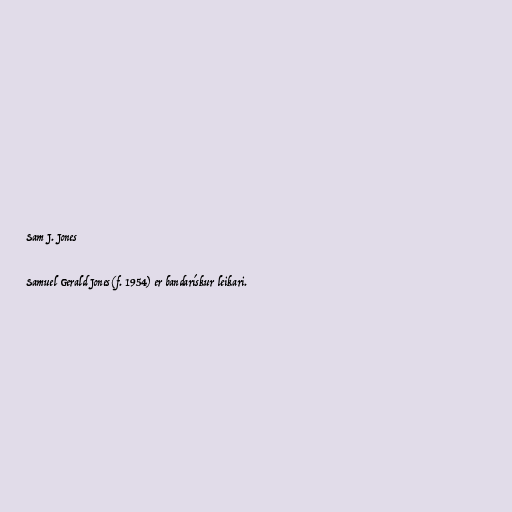
Sam J. Jones

Samuel Gerald Jones (f. 1954) er bandarískur leikari.